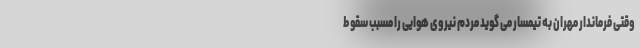
وقتی فرماندار مهران به تیمسار می گوید مردم نیروی هوایی را مسبب سقوط